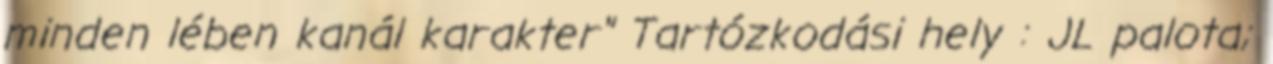
minden lében kanál karakter" Tartózkodási hely : JL palota;